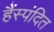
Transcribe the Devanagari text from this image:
हैंस्पंदित